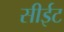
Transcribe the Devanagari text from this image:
सीईट